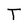
Character: T